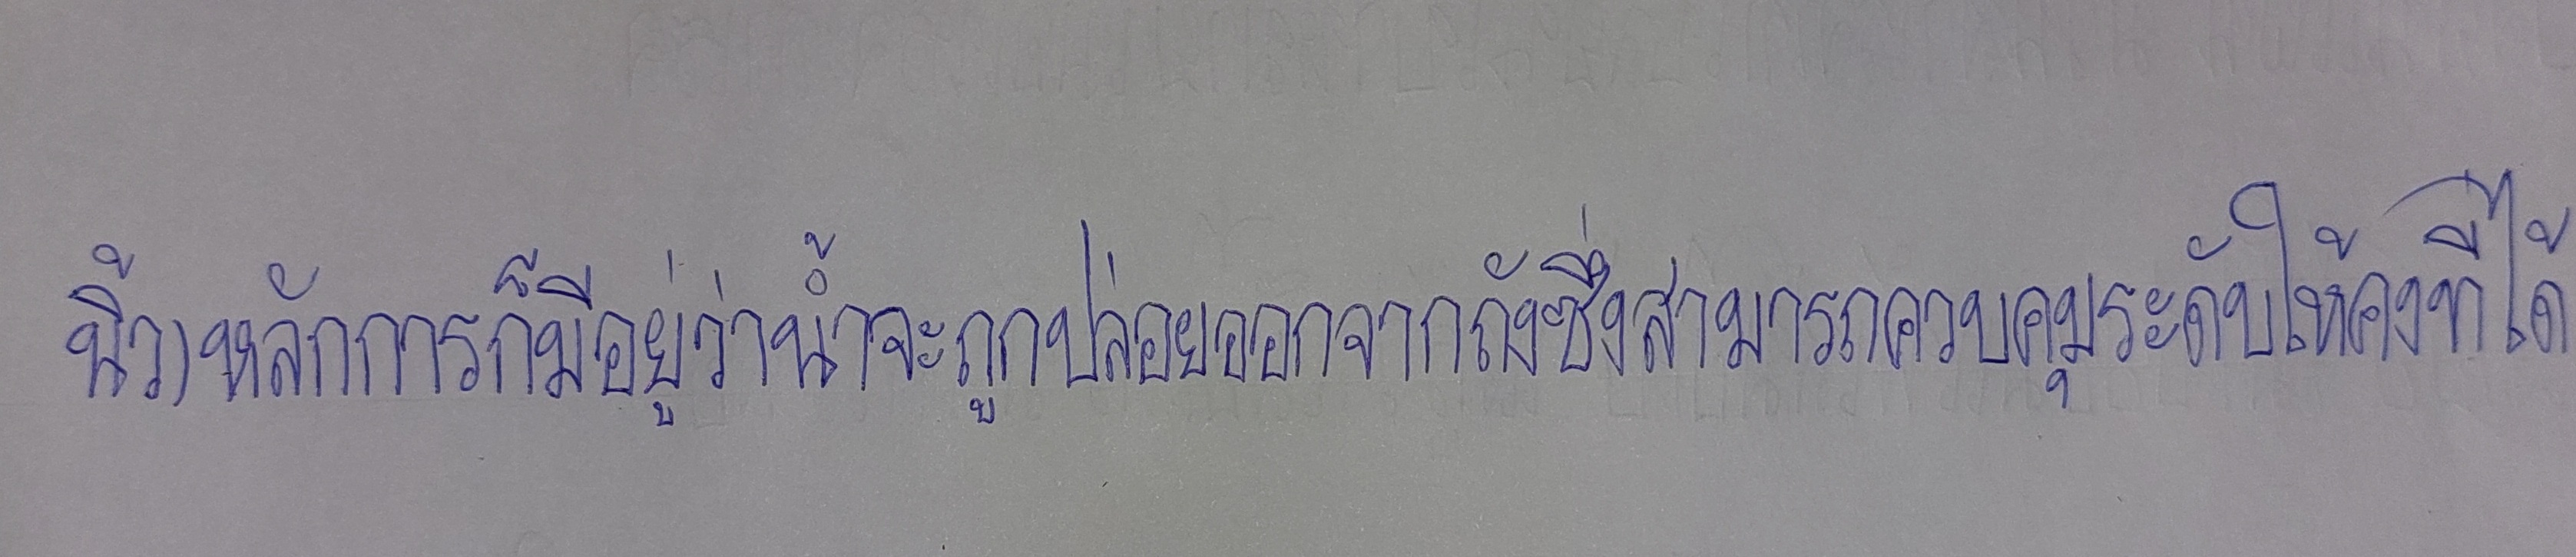
นิ้ว)หลักการก็มีอยู่ว่าน้ำจะถูกปล่อยออกจากถังซึ่งสามารถควบคุมระดับให้คงที่ได้